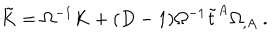
\tilde { K } = \Omega ^ { - 1 } K + ( D - 1 ) \Omega ^ { - 1 } \tilde { t } ^ { A } \Omega _ { , A } \ .